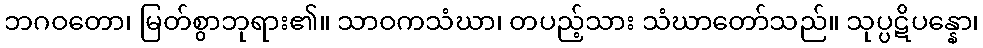
ဘဂဝတော၊ မြတ်စွာဘုရား၏။ သာဝကသံဃာ၊ တပည့်သား သံဃာတော်သည်။ သုပ္ပဋိပန္နော၊